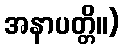
အနာပတ္တိ။)